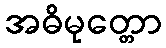
အဓိမုတ္တော